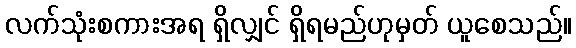
လက်သုံးစကားအရ ရှိလျှင် ရှိရမည်ဟုမှတ် ယူစေသည်။